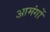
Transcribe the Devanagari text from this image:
आमंगों